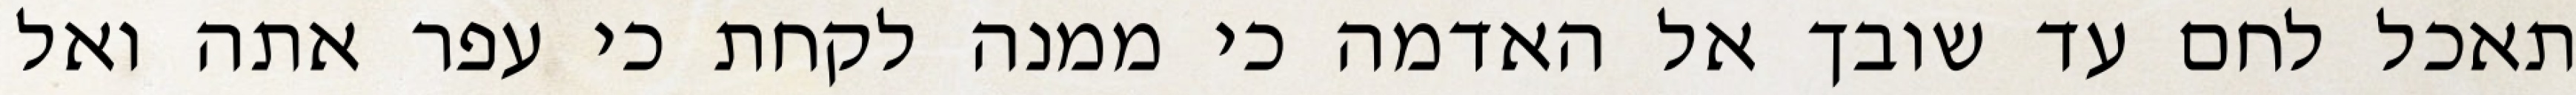
תאכל לחם עד שובך אל האדמה כי ממנה לקחת כי עפר אתה ואל